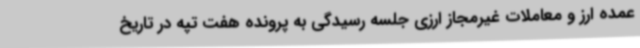
عمده ارز و معاملات غیرمجاز ارزی جلسه رسیدگی به پرونده هفت تپه در تاریخ